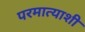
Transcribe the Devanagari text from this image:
परमात्याशी